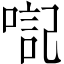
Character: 𪡴